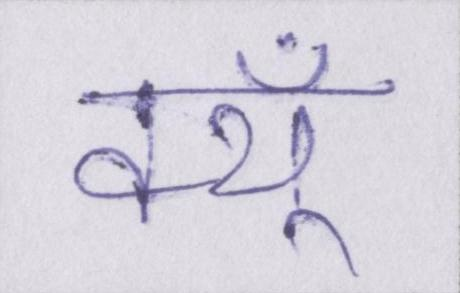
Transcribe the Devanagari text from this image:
क्यूँ